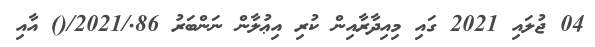
04 ޖުލައި 2021 ގައި މިއިދާރާއިން ކުރި އިޢުލާން ނަންބަރު 86./2021/() އާއި